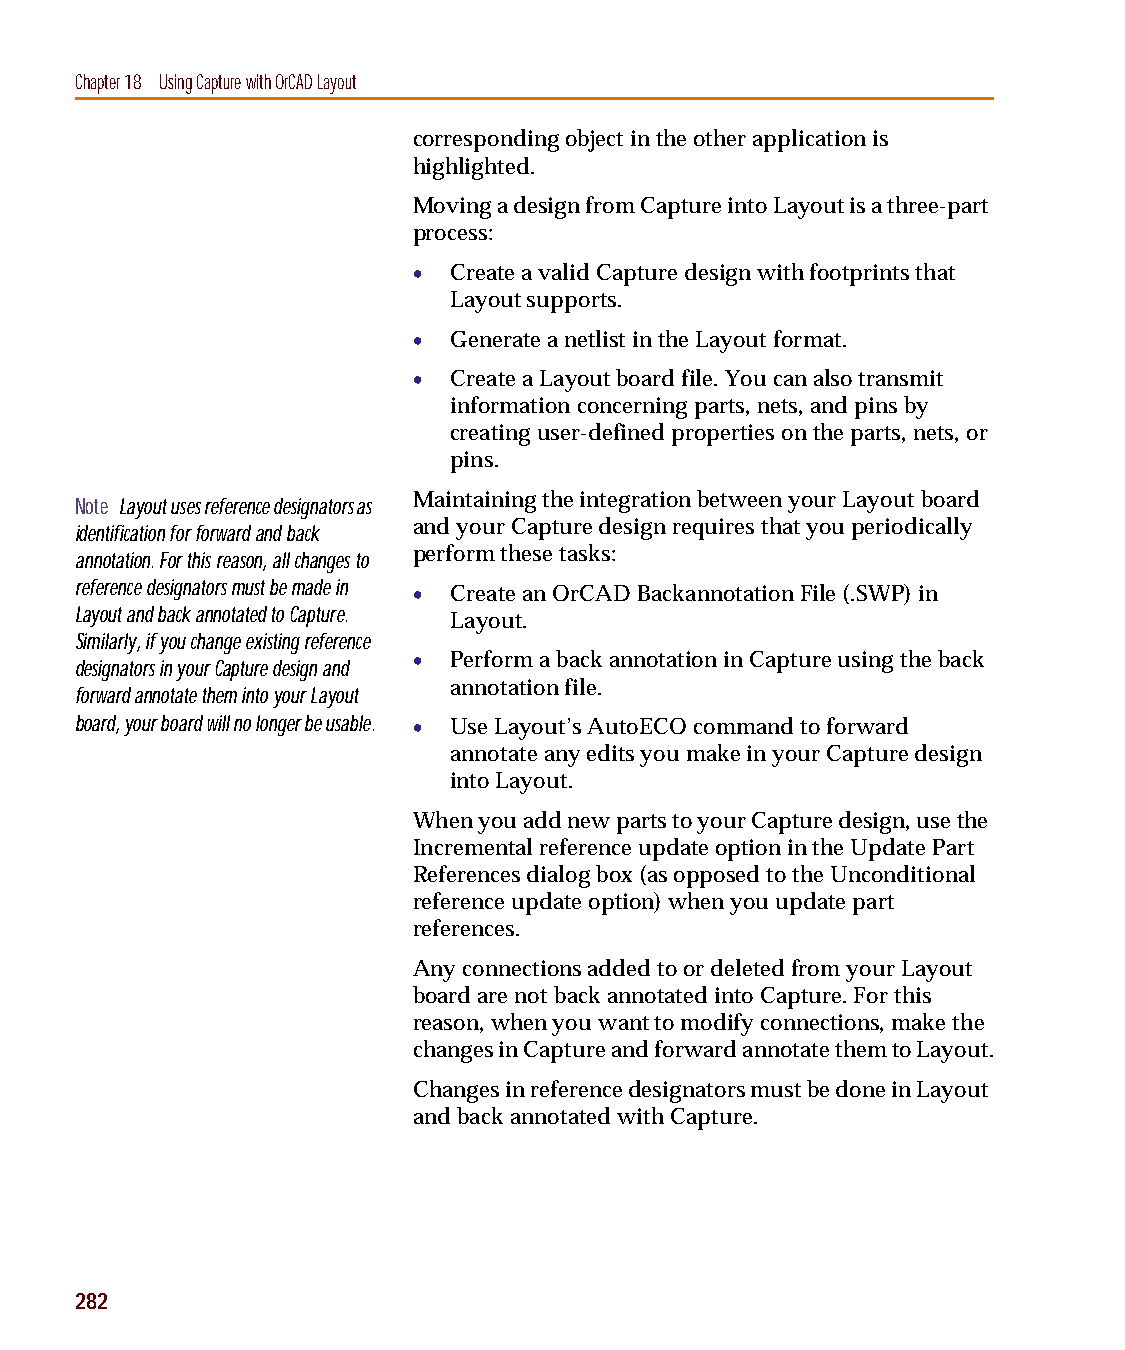
capug.book Page 282 Thursday, November 12, 1998 3:38 PM
 Chapter 18 Using Capture with OrCADLayout
 corresponding object in the other application is
 highlighted.
 Moving a design from Capture into Layout is a three-part
 process:
 •  Create a valid Capture design with footprints that
 Layout supports.
 •  Generate a netlist in the Layout format.
 •  Create a Layout board file. You can also transmit
 information concerning parts, nets, and pins by
 creating user-defined properties on the parts, nets, or
 pins.
 Note Layout uses reference designators as Maintaining the integration between your Layout board
 identification for forward and back and your Capture design requires that you periodically
 perform these tasks:
 annotation. For this reason, all changes to
 reference designators must be made in • Create an OrCAD Backannotation File (.SWP) in
 Layout and back annotated to Capture.
 Layout.
 Similarly, if you change existing reference
 •  Perform a back annotation in Capture using the back
 designators in your Capture design and
 annotation file.
 forward annotate them into your Layout
 board, your board will no longer be usable. • Use Layout’s AutoECO command to forward
 annotate any edits you make in your Capture design
 into Layout.
 When you add new parts to your Capture design, use the
 Incremental reference update option in the Update Part
 References dialog box (as opposed to the Unconditional
 reference update option) when you update part
 references.
 Any connections added to or deleted from your Layout
 board are not back annotated into Capture. For this
 reason, when you want to modify connections, make the
 changes in Capture and forward annotate them to Layout.
 Changes in reference designators must be done in Layout
 and back annotated with Capture.
 282